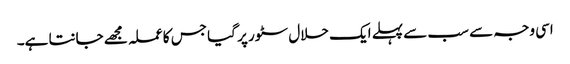
اسی وجہ سے سب سے پہلے ایک حلال سٹور پر گیا جس کا عملہ مجھے جانتا ہے۔